Vital statistics of India. Vol. IV, Annual returns from 1871 to 1876. British Army of India, Native Army and jails of Bengal
Year: 1871
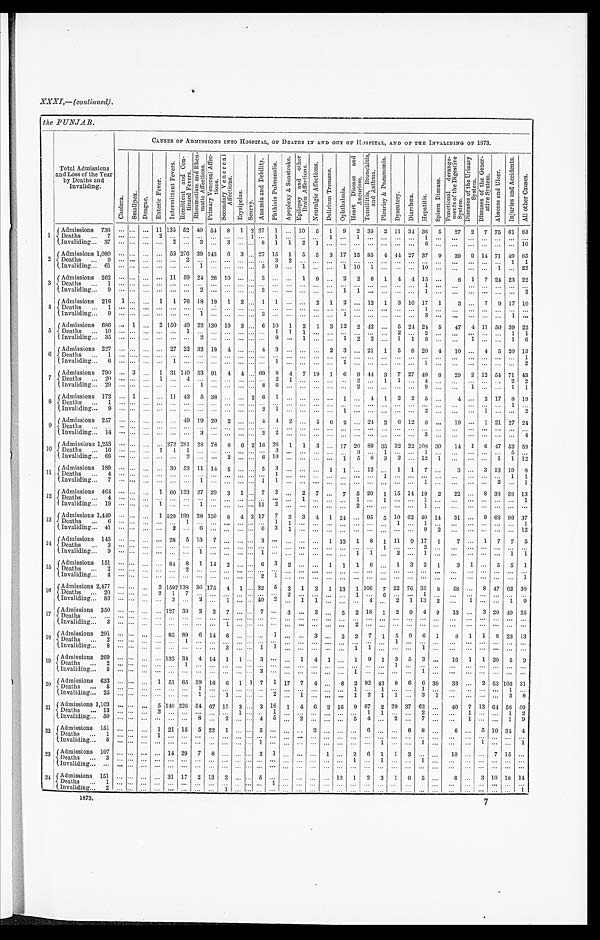
XXXI,—(continued).
the PUNJAB.
Total Admissions
and Loss of the Year
by Deaths and
Invaliding.
CAUSES OF ADMISSIONS INTO HOSPITAL, OF DEATHS IN AND OUT OF HOSPITAL, AND OF THE INVALIDING OF 1873.
C h o l e r a . Smal l pox. De n g u e .
E n t e r i c F e v e r .
I n t e r m i t t e n t F e v e r s . R e m i t t e n t a n d C o n -
t i n u e d F e v e r s .
R h e u m a t i s m a n d R h e u -
m a t i c A f f e c t i o n s .
P r i m a r y V e n e r e a l A f f e c -
t i o n s .
S e c o n d a r y V e n e r e a l
A f f e c t i o n s .
E r y s i p e l a s .
S c u r v y .
A n æ m i a a n d D e b i l i t y . P h t h i s i s P u l m o n a l i s .
A p o p l e x y & S u n s t r o k e .
E p i l e p s y a n d o t h e r
B r a i n A f f e c t i o n s .
N e u r a l g i c A f f e c t i o n s .
D e l i r i u m T r e m e n s .
O p h t h a l m i a .
H e a r t D i s e a s e a n d
A n e u r i s m .
T o n s i l l i t i s , B r o n c h i t i s ,
a n d A s t h m a .
P l e u r i s y & P n e u m o n i a .
D y s e n t e r y .
D i a r r h œ a .
H e p a t i t i s .
S p l e e n D i s e a s e .
F u n c t i o n a l d e r a n g e -
m e n t s o f t h e D i g e s t i v e
S y s t e m .
D i s e a s e s o f t h e U r i n a r y
S y s t e m .
D i s e a s e s o f t h e G e n e r -
a t i v e S y s t e m .
A b s c e s s a n d U l c e r .
I n j u r i e s a n d A c c i d e n t s .
A l l o t h e r C a u s e s .
1
Admissions 736
. . .
. . . . . . 11 135 52 40 54
8 1 2 27 1
. . . 10 5 1 9 2 35 2 11 34 36 5
27 2 7 75 61 83
D e a t h s . . . 7
. . .
. . . . . .
2
. . .
. . .
. . .
. . . . . .
. . . 1
. . .
1
. . .
. . .
. . .
1
. . .
1
. . .
. . .
. . .
. . .
1 . . .
. . .
. . .
. . .
. . .
. . .
. . .
Invaliding . . . 37
. . . . . . . . .
. . .
2
. . .
3
. . . 3
. . . . . . 8
1
1
2
1
. . .
. . .
. . .
. . .
. . .
. . .
. . .
6 . . .
. . .
. . .
. . .
. . .
. . . 10
2
Admissions 1,080
. . . . . . . . .
. . . 53 276 39 142 6 3 . . . 27 15 1 5 5 3 17 15 85 4 44 27 37 9
39 9 14 71 49 85
Deaths . . . 9
. . .
. . . . . .
. . .
. . . 2
. . .
. . . . . .
. . . . . . . . . 3
2
. . .
. . .
. . . . . .
. . .
. . .
. . .
. . .
. . .
. . .
. . .
. . .
. . .
. . .
. . . 1 1
Invaliding . . . 61
. . . . . . . . .
. . .
. . .
. . . 1
. . . . . .
. . . . . . 5 9
. . . 1
. . .
. . . 1 10 1
. . .
. . .
. . . 10
. . . . . .
. . .
. . . 1
. . . 22
3
Admissions 262
. . . . . . . . .
. . . 11 59 24 26 10
. . . . . . 3
. . .
. . . 1 9
. . . 2 2 6 1 4
4 15
. . .
8 1 7 24 23 22
D e a t h s . . . 1
. . .
. . . . . .
. . .
. . .
. . .
. . .
. . . . . .
. . . . . . . . .
. . .
. . . . . .
. . .
. . .
. . .
. . .
. . .
. . .
. . .
. . .
1
. . .
. . .
. . .
. . .
. . .
. . . . . .
Invaliding . . . 9
. . . . . . . . .
. . .
. . .
. . .
2
. . . . . .
. . . . . . 2
. . .
. . .
. . .
. . .
. . .
1
1
. . .
. . .
. . .
. . .
1
. . . . . .
. . . . . .
. . .
. . . 2
4 Admissions 216 1 . . . . . . 1 1 76 18 19 1 2 . . . 1 1
. . . . . . 2 1 2
. . . 12 1 3 10 17 1
3
. . . 7 9 17 10
D e a t h s . . . 1
. . .
. . . . . .
. . .
. . .
. . .
. . .
. . . . . .
. . . . . . . . .
. . .
. . .
. . .
. . .
. . .
. . .
. . . . . .
. . .
. . .
. . .
1
. . .
. . .
. . .
. . .
. . .
. . . . . .
I n v a l i d i n g . . . 9
. . .
. . . . . .
. . .
. . .
. . .
1
. . . . . .
. . . . . . 3
. . .
. . . . . .
. . .
. . .
1
. . .
. . .
. . .
. . .
. . .
3
. . .
. . .
. . .
. . .
. . .
1
. . .
5
Admissions 686
. . . 1 . . . 2 150 49 22 130 19 3 . . . 6 10 1 2 1 3 12 2 42
. . . 5 24 24 5
47 4 11 50 39 22
Deaths . . . 10
. . . . . . . . .
. . .
. . .
1
. . .
. . .
. . . . . . . . . . . .
1
1
1
. . .
. . .
. . .
. . .
. . .
. . .
2
. . .
2
. . .
. . .
. . .
. . .
. . .
1
1
I n v a l i d i n g . . . 3 5
. . .
. . . . . .
. . .
. . .
. . .
2
. . .
. . . . . . . . . . . .
9
. . .
1
. . .
. . .
1
2
2
. . .
1
1
8
. . .
. . . 1
. . .
. . . 1 6
6
Admissions 227
. . . . . . . . .
. . . 27 22 32 19 4
. . . . . . 4 3
. . .
. . .
. . . 2 3
. . . 21 1 5 8 20 4
10
. . . 4 5 20 13
Deaths . . . 1
. . . . . . . . .
. . . . . .
. . .
. . .
. . .
. . .
. . . . . . . . .
. . .
. . . . . .
. . .
. . . . . .
. . .
. . .
. . .
. . .
. . .
. . .
. . . . . .
. . .
. . .
. . .
. . . 1
Invaliding . . . 6
. . . . . . . . .
. . .
1
. . .
. . .
. . .
. . . . . . . . . . . .
1
. . .
. . .
. . .
. . .
1
. . .
. . .
. . .
. . .
. . .
1
. . . . . .
. . .
. . .
. . .
. . . 2
7 Admissions 790
. . . 3 . . . 1 31 140 53 91 4 4 . . . 60
8 4 7 19 1 6 9 44 3 7 27 49 8
29 2 12 54 71 43
D e a t h s . . . 2 0
. . .
. . . . . .
1
. . .
4
. . .
. . .
. . . . . . . . . . . .
2
1
. . .
. . .
. . .
. . . 2
. . .
1
1
. . .
4
. . .
. . .
. . .
. . .
. . .
2
2
Invaliding . . . 29
. . .
. . . . . .
. . .
. . .
. . . 1
. . .
. . . . . . . . . 8
6
. . .
. . .
. . .
. . .
. . .
2
. . .
. . .
. . .
. . .
9
. . . . . .
1
. . .
. . . 1 1
8
Admissions . . . 172
. . . 1 . . .
. . . 11 43 5 38
. . .
. . . 2 6 1
. . .
. . .
. . . . . . 1
. . . 4 1 2 2 5
. . .
4
. . . 2 17 8 19
Deaths
. . . 1
. . . . . . . . .
. . .
. . .
. . .
. . .
. . .
. . .
. . . . . . . . .
. .
.
. .
.
. . .
. . .
. . .
. . .
. . .
. . .
. . .
. . .
. . .
. . . . . .
. . .
. . . . .
.
. .
. 1
. . .
I n v a l i d i n g . . . 9
. . .
. . . . . .
. . .
. . .
. . .
. . .
. . .
. . . . . . . . . 2
1
. . .
. . .
. . .
. . .
1
. . .
. . .
. . .
. . .
. . .
2
. . .
. . .
. . .
1
. . .
. . . 2
9 Admissions . . . 257
. . . . . . . . .
. . .
. . . 49 19 20 2
. . . . . . 4 4 2
. . . 5 6 2
. . . 24 2
6 12 8
. . . 19
. . . 1 21 27 24
D e a t h s . . .
. . . . . . . . .
. . .
. . .
. . .
. . .
. . .
. . .
. . . . . . . . . . . .
. . .
. . .
. . .
. . .
. . .
. . .
. . .
. . .
. . .
. . .
. . .
. . . . . .
. . .
. . .
. . .
. . . . . .
Invaliding . . . 14
. . . . . . . . .
. . .
. . .
. . . 3
. . .
. . .
. . . . . . 2
2
. . .
. . .
. . .
. . .
. . .
. . .
. . .
. . .
. . .
. . .
3
. . .
. . .
. . .
. . .
. . .
. . . 4
1 0
Admissions 1,253
. . . . . . . . .
. . . 272 281 28 78 8 6 2 16 26 1 1 3
. . . 17 20 89 35 32 22 108 30
14 1 6 47 52 58
D e a t h s . . . 1 6
. . .
. . . . . .
1
1
1
. . .
. . .
. . . . . . . . . . . .
3
. . .
. . .
. . .
. . .
. . .
3
. . .
1
. . .
. . .
1
. . .
. . .
. . .
. . .
. . .
5
. . .
Invaliding . . . 66
. . . . . . . . .
. . .
. . . 2
. . .
. . . 2
. . . . . . 6 10
. . .
. . .
. . .
. . . 1 5 8 3 2
. . . 12 1
. . .
. . .
. . . 1 1 12
11
Admissions 189
. . . . . . . . .
. . . 30 52 11 14 5
. . . . . . 5 3
. . .
. . .
. . . 1 1
. . . 12
. . . 1 1 7
. . .
3
. . . 3 13 19 8
Deaths . . .4
. . . . . . . . .
. . .
. . .
. . .
. . .
. . .
. . . . . . . . . . . .
1
. . .
. . .
. . .
. . .
. . .
. . .
. . .
1
. . .
. . .
. . .
. . .
. . .
. . .
. . .
. . .
1
1
I n v a l i d i n g . . . 7
. . .
. . . . . .
. . .
. . .
. . .
1
. . .
. . . . . . . . . 1
1
. . .
. . .
. . .
. . .
. . .
. . .
. . .
. . .
. . .
. . .
1
. . .
. . .
. . .
. . .
2
. . .
1
1 2 Admissions . . . 464
. . . . . . . . . 1 60 123 27 29 3 1 . . . 7 2
. . . 2 7
. . . 7 5 20 1 15 14 19 2
22
. . . 8 38 38 13
D e a t h s . . . 4
. . .
. . . . . .
. . .
. . .
. . .
. . .
. . .
. . . . . . . . . . . .
. . .
. . .
1
. . .
. . . . . .
1
. . .
1
. . .
. . .
1
. . .
. . .
. . .
. . .
. . .
. . . 1
I n v a l i d i n g . . . 1 9
. . .
. . . . . .
1
. . .
. . .
1
. . .
. . . . . . . . . 1 1
2
. . .
. . .
. . .
. . .
. . .
2
. . .
. . .
. . .
. . .
1
. . .
. . .
. . .
. . .
. . .
. . . . . .
13
Admissions 1,449
. . . . . . . . . 1 529 199 28 150 8 4 2 17 7 3 3 4 1 24
. . . 95 5 10 62 40 14
31
. . . 9 68 98 37
D e a t h s . . . 6
. . .
. . . . . .
. . .
. . .
1
. . .
. . .
. . . . . . . . . . . .
1
1
. . .
. . .
. . . . . .
. . .
. . .
. . .
1
. . .
1
. . .
. . .
. . .
. . .
. . .
. . . 1
I n v a l i d i n g . . . 4 1
. . .
. . . . . .
1
. . .
. . .
1
. . .
. . . . . . . . . 6
3
1
. . .
. . .
. . .
. . .
. . .
. . .
. . .
. . .
. . .
9
2
. . .
. . .
. . .
. . .
. . . 1 2
14
Admissions 145
. . . . . . . . .
. . . 28 5 13
7
. . .
. . . . . . 3
. . .
. . .
. . .
. . . 1 13 1 8 1 11 9 17 1
7
. . . 1 7 7 5
Deaths . . . 3
. . . . . . . . .
. . .
. . .
. . .
. . .
. . . . . .
. . . . . . . . .
. . .
. . .
. .
.
. . .
. . .
. . .
. . .
. . .
. . .
. . .
. . .
2
. . . . . .
. . .
. . .
. . .
. . . . . .
I n v a l i d i n g . . . 9
. . .
. . . . . .
. . .
. . .
. . .
1
. . .
. . . . . . . . . 1
. . .
. . .
. . .
. . . . . .
. . .
1
1
. . .
2
. . .
1
. . .
. . .
. . .
. . .
. . .
1
1
15
Admissions 151
. . . . . . . . .
. . . 84 8 1 14 2
. . . . . . 6 3 2
. . .
. . . 1 1 1
6
. . . 1 3 2 1
3 1
. . . 5 5 1
Deaths . . . 2
. . . . . . . . .
. . .
. . .
2
. . .
. . .
. . . . . . . . . . . .
. . .
. . .
. . .
. . .
. . .
. . .
. . .
. . .
. . .
. . .
. . .
. . . . . .
. . .
. . .
. . .
. . .
. . . . . .
Invaliding . . . 4
. . . . . . . . .
. . .
. . .
. . .
. . .
. . .
. . . . . . . . . 2 1
. . .
. . .
. . .
. . .
. . .
. . .
. . .
. . .
. . .
. . .
. . .
. . .
. . .
. . .
. . .
. . .
. . . 1
16
Admissions 2,477
. . . . . . . . . 2
1 5 9 7
1 3 8 36 175 4 1 . . . 32 5 2 1 2 1 13 1 106 7 22 76 35 8
58
. . . 8 47 62 38
Deaths . . . 20
. . .
. . . . . .
2
1
7
. . .
. . .
. . . . . . . . . . . .
. . .
. . .
. . .
. . .
. . .
. . .
1
. . .
6
. . .
. . .
1
. . .
. . .
. . .
. . .
. . .
. . . . . .
Invaliding . . . 83
. . . . . . . . .
. . . 3
. . .
2
. . . 1
. . . . . . 4 0 2
. . . 1 1
. . .
. . .
. . . 4
. . . 2 1 13 2
. . .
1
. . .
. . . 1 9
17
Admissions 350
. . .
. . . . . .
. . . 127 39 2 2 7
. . . . . . 7
. . . 3
1 3
. . . 5 2 18 1 2 9 4 9
13
. . . 3 20 49 25
Deaths . . .
. . . . . . . . .
. . .
. . .
. . .
. . .
. . .
. . .
. . . . . . . . .
. . .
. . .
. . .
. . .
. . .
. . .
. . .
. . .
. . .
. . .
. . .
. . .
. . .
. . .
. . .
. . .
. . .
. . . . . .
Invaliding . . . 3
. . .
. . . . . .
. . .
. . .
. . .
. . .
. . .
1 . . . . . . . . .
. . .
. . .
. . .
. . .
. . .
. . .
2
. . .
. . .
. . .
. . .
. . . . . .
. . .
. . .
. . .
. . .
. . . . . .
1 8 Admissions 291
. . . . . . . . .
. . . 85 89 6 14 6
. . . . . . . . . 1
. . .
. . . 3
. . . 2 2 7 1 5 9 6 1
8 1 1 8 23 13
Deaths . . . 2
. . .
. . . . . .
. . .
. . .
1
. . .
. . .
. . . . . . . . . . . .
. . . . . .
. . .
. . .
. . .
. . .
. . .
. . .
. . .
1
. . .
. . . . . . . . .
. . .
. . .
. . .
. . . . . .
Invaliding . . . 8
. . . . . . . . .
. . .
. . .
. . .
. . .
. . . 3
. . . . . . 1
1
. . .
. . .
. . . . . .
. . . 1 1 . . .
. . .
. . . 1
. . .
. . .
. . .
. . .
. . .
. . . . . .
19
A d m i s s i o n s 2 6 9
. . . . . . . . .
. . . 132 34 4 14 1 1
. . . 3
. . .
. . . 1 4 1
. . . 1 9 1 3 5 3
. . . 16 1 1 20 5 9
D e a t h s . . . 2
. . .
. . . . . .
. . .
. . .
1
. . .
. . .
. . . . . . . . . . . .
. . .
. . .
. . . . . .
. . .
. . .
. . .
. . .
. . .
1
. . .
. . . . . .
. . .
. . .
. . .
. . .
. . . . . .
I n v a l i d i n g . . . 5
. . .
. . . . . .
. . .
. . .
. . .
. . .
. . .
. . . . . . . . . 3
. . . . . .
. . .
. . .
. . . . . .
1
. . .
. . .
. . .
. . .
1
. . .
. . .
. . .
. . .
. . .
. . . . . .
2 0 Admissions 633
. . . . . . . . . 1 51 65 29 16 6 1 1 7 1 17 7 4
. . .
6 2 92 43 8 6 6 39
33
. . . 2 53 106 31
Deaths . . . 5
. . . . . . . . .
. . .
. . .
. . . 1 . . .
. . . . . . . . . . . . . . .
. . .
. . .
. . .
. . .
. . .
1
. . .
1
. . .
. . .
1
. . .
. . .
. . .
. . .
. . .
1
. . .
I n v a l i d i n g . . . 2 5
. . .
. . . . . .
. . .
. . .
. . .
1
. . .
1 . . . . . . . . .
2
. . .
1
. . .
. . .
. . .
1
2
1
1
. . .
3
1
. . .
. . .
. . .
. . .
3
8
21 Admissions 1,103
. . . . . . . . . 5 140 326 54 67 15 3 . . . 3 16 1 4 6 2 16 9 67 2 29 37 62
. . . 40 7 13 64 56 59
Deaths . . . 13
. . . . . . . . . 3
. . .
. . .
. . .
. . .
. . . 1 . . . . . . 1 . . .
. . .
. . . . . .
. . .
. . .
1
1
. . .
. . .
2
. . .
. . . 1
. . .
. . . 1 2
I n v a l i d i n g . . . 5 0
. . .
. . . . . .
. . .
. . .
. . .
8
. . .
2 . . . . . . 4
5
. . .
2
. . .
. . .
. . .
5
4
. . .
2
. . .
7
. . .
. . .
1
. . .
. . .
1
9
22 Admissions 151
. . . . . . . . . 1 21 15 5 22 1
. . . . . . 5
. . .
. . .
. . . 2
. . . . . .
. . .
6
. . .
. . .
6
8
. . .
6
. . . 5 10 34 4
D e a t h s . . . 1
. . . . . . . . . 1
. . .
. . .
. . .
. . .
. . .
. . . . . . . . .
. . .
. . .
. . .
. . .
. . .
. . .
. . .
. . .
. . .
. . .
. . .
. . .
. . . . . .
. . .
. . .
. . .
. . . . . .
Invaliding . . . 5
. . . . . . . . .
. . .
. . .
. . .
. . .
. . . . . . . . . 1
. . .
. . .
. . .
. . .
. . .
. . .
. . .
. . . 1
. . .
. . . 1
. . .
. . .
. . .
1
. . .
. . . 1
2 3
A d m i s s i o n s 1 0 7
. . .
. . . . . .
. . .
1 4
2 9
7
8
. . . . . . . . . 2
1
. . .
. . .
. . . 1
. . . 2 6 1 1 3
. . .
. . .
10
. . .
. . . 7 15 . . .
D e a t h s . . . 3
. . .
. . . . . .
. . .
. . .
. . .
. . .
. . .
. . .
. . . . . . . . .
. . . . . .
. . .
. . .
. . .
. . .
1
. . .
1
. . .
. . .
1
. . .
. . .
. . .
. . .
. . .
. . . . . .
Invaliding . . .
. . . . . . . . .
. . .
. . .
. . .
. . .
. . .
. . .
. . . . . . . . .
. . . . . .
. . .
. . .
. . .
. . .
. . . . . .
. . .
. . .
. . .
. . .
. . .
. . .
. . . . . .
. . .
. . . . . .
24 Admissions 151 . . . . . . . . .
. . . 31 17 2 13
2 . . . . . . 5
. . .
. . .
. . .
. . .
. . . 12 1 2 3 1 6 5
. . .
6
. . . 3 10 18 14
Deaths . . . 1
. . .
. . . . . .
. . .
. . .
. . .
. . .
. . .
. . . . . . . . . . . . 1
. . .
. . .
. . . . . .
. . .
. . .
. . .
. . .
. . .
. . .
. . . . . .
. . .
. . .
. . .
. . .
. . .
. . .
I n v a l i d i n g . . . 2
. . .
. . . . . .
. . .
. . .
. . .
. . .
. . .
1 . . . . . . . . .
. . .
. . .
. . .
. . .
. . .
. . . . . .
. . .
. . .
. . .
. . .
. . .
. . .
. . .
. . .
. . .
. . .
. . .
1
1873. 7